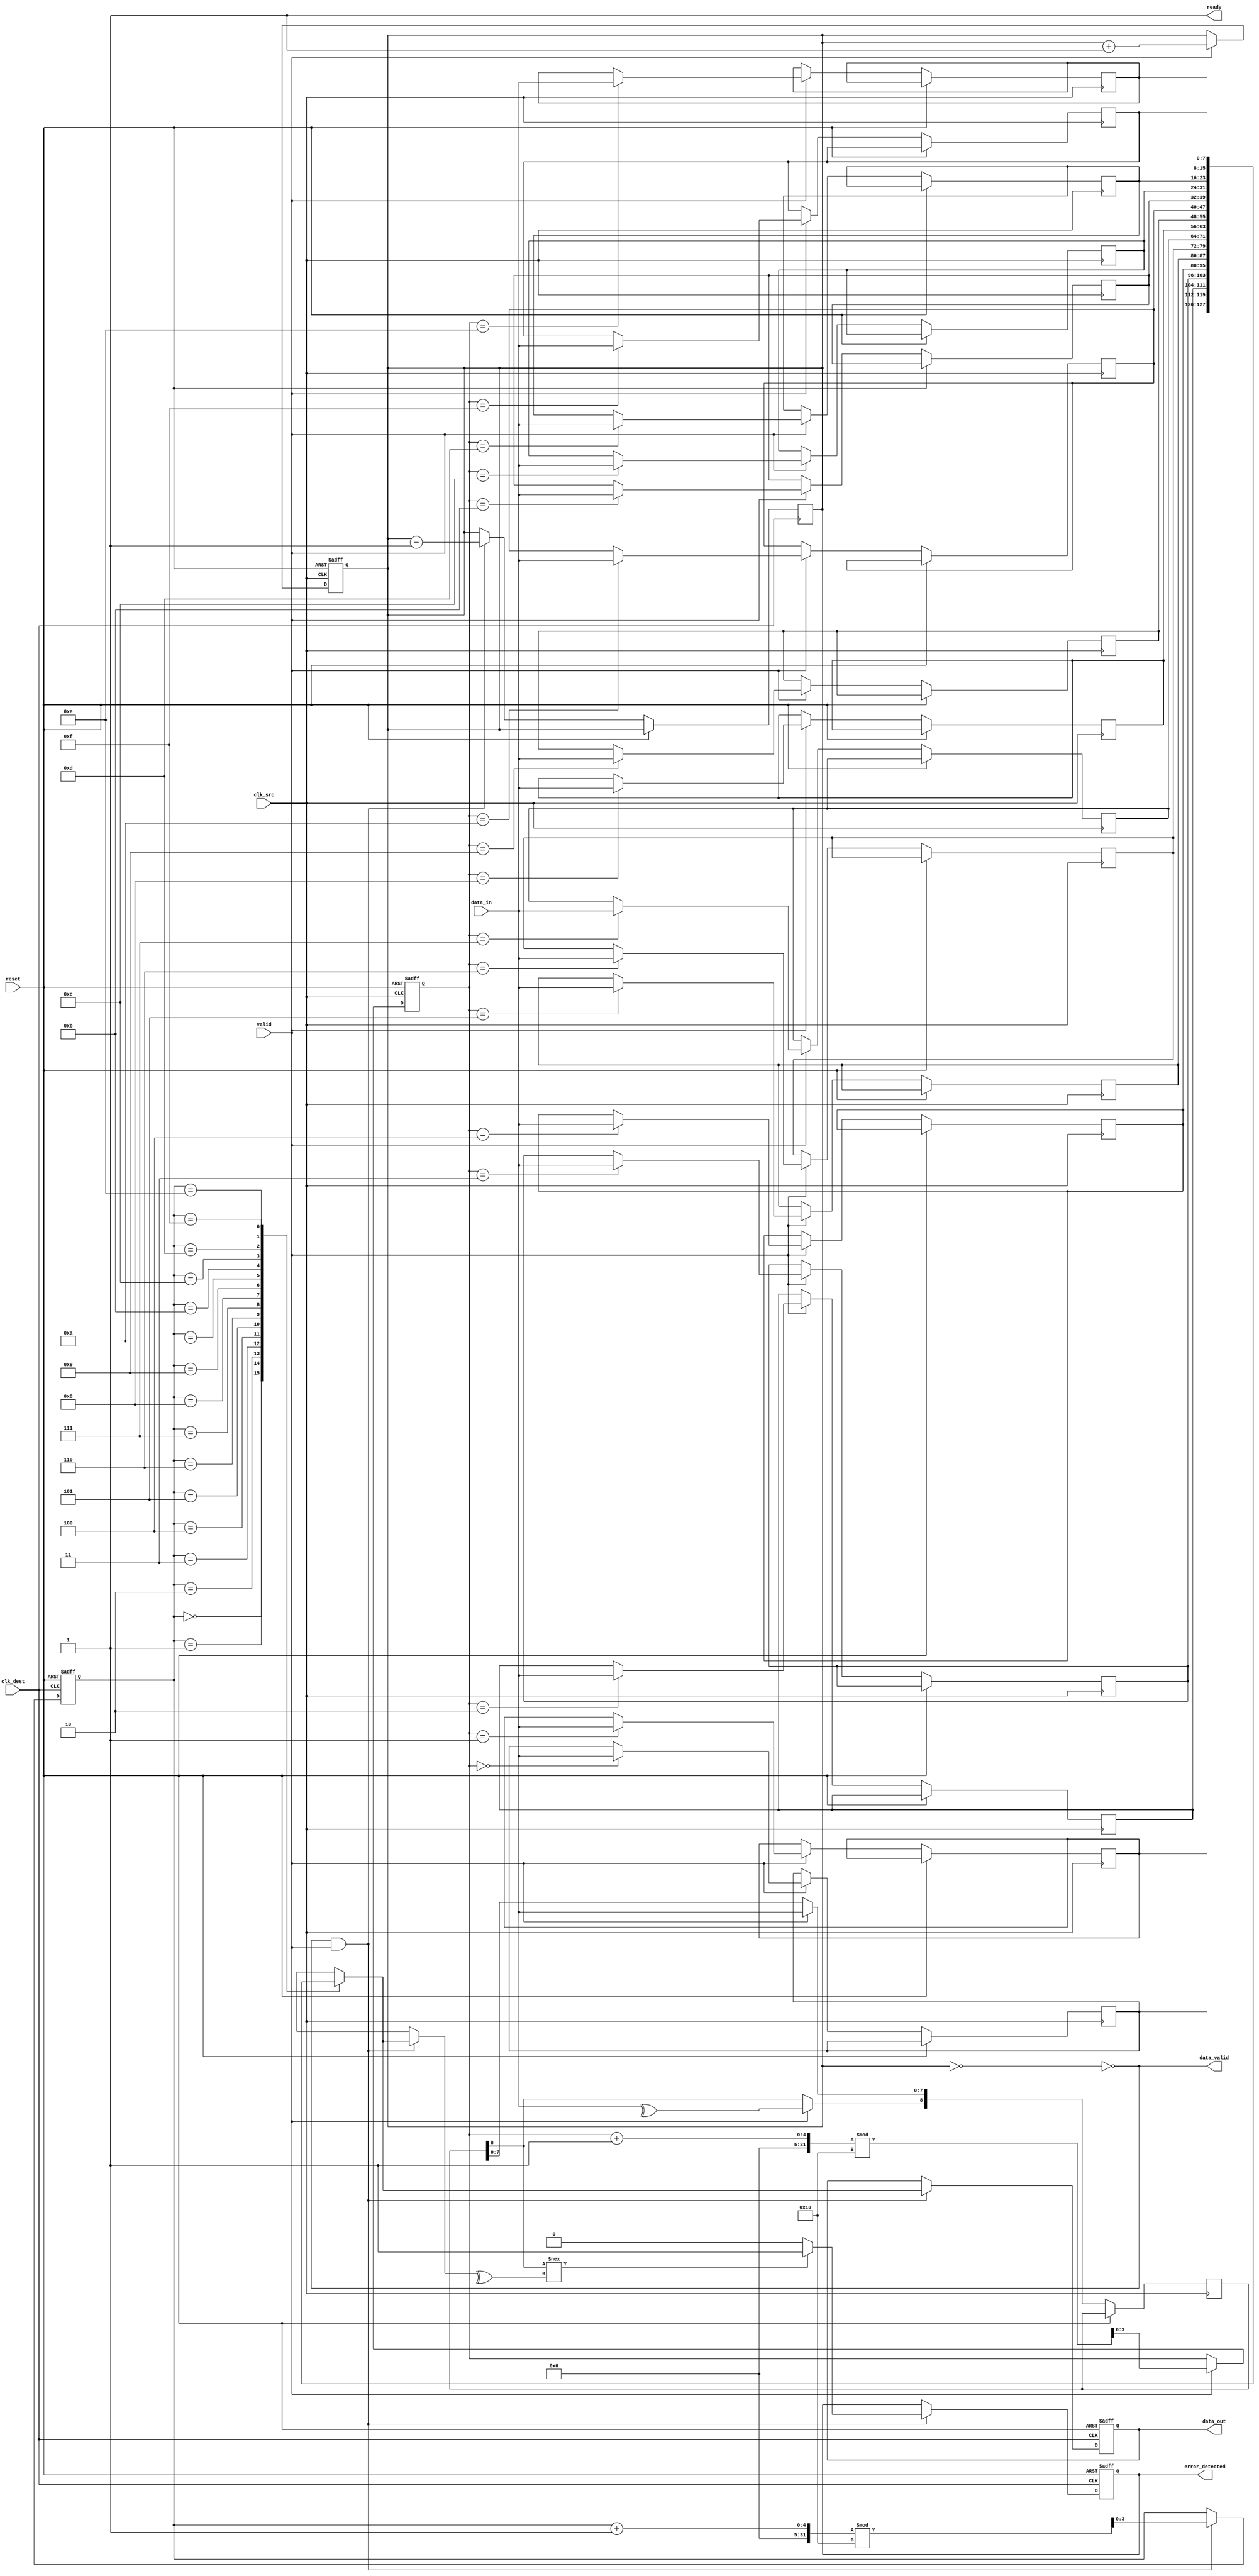
module cdc_fifo #(
    parameter DATA_WIDTH = 8,
    parameter FIFO_DEPTH = 16
)(
    input wire clk_src,              // Source clock
    input wire clk_dest,             // Destination clock
    input wire reset,                // Asynchronous reset
    input wire [DATA_WIDTH-1:0] data_in, // Data input from source domain
    input wire valid,                // Valid signal from source domain
    output wire ready,               // Ready signal to source domain
    output wire [DATA_WIDTH-1:0] data_out, // Data output to destination domain
    output wire data_valid,          // Indicates valid data in the FIFO
    output wire error_detected       // Indicates error detected during transfer
);

    // FIFO buffer
    reg [DATA_WIDTH-1:0] fifo [0:FIFO_DEPTH-1];
    reg [3:0] write_ptr = 0;
    reg [3:0] read_ptr = 0;
    reg [3:0] count = 0;

    // Error detection signals
    reg [DATA_WIDTH:0] parity_bit; // Parity bit for error detection
    reg error_flag = 0;

    // Handshaking signals
    wire fifo_full = (count == FIFO_DEPTH);
    wire fifo_empty = (count == 0);
    wire fifo_write_enable = valid && !fifo_full;
    wire fifo_read_enable;

    // Write data to FIFO
    always @(posedge clk_src or posedge reset) begin
        if (reset) begin
            write_ptr <= 0;
            count <= 0;
        end else if (fifo_write_enable) begin
            fifo[write_ptr] <= data_in;
            parity_bit[DATA_WIDTH-1:0] <= data_in; // Calculate parity
            parity_bit[DATA_WIDTH] <= ^data_in; // Even parity
            write_ptr <= (write_ptr + 1) % FIFO_DEPTH;
            count <= count + 1;
        end
    end

    // Read data from FIFO
    reg [DATA_WIDTH-1:0] data_out_reg;
    always @(posedge clk_dest or posedge reset) begin
        if (reset) begin
            read_ptr <= 0;
            data_out_reg <= 0;
            error_flag <= 0;
        end else if (fifo_read_enable) begin
            data_out_reg <= fifo[read_ptr];
            // Check for parity error
            if (parity_bit[DATA_WIDTH] !== ^fifo[read_ptr]) begin
                error_flag <= 1; // Error detected
            end else begin
                error_flag <= 0;
            end
            read_ptr <= (read_ptr + 1) % FIFO_DEPTH;
            count <= count - 1;
        end
    end

    // Handshaking logic
    assign ready = !fifo_full;
    assign fifo_read_enable = !fifo_empty && ready && valid; // Ready to read when not empty and ready asserted
    assign data_out = data_out_reg;
    assign data_valid = !fifo_empty;
    assign error_detected = error_flag;

    // Synchronize control signals (valid and ready) across clock domains
    reg valid_sync_1, valid_sync_2;
    always @(posedge clk_dest or posedge reset) begin
        if (reset) begin
            valid_sync_1 <= 0;
            valid_sync_2 <= 0;
        end else begin
            valid_sync_1 <= valid;
            valid_sync_2 <= valid_sync_1;
        end
    end

endmodule